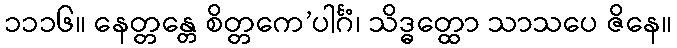
၁၁၁၆။ နေတ္တန္တေ စိတ္တကေ’ပါင်္ဂံ၊ သိဒ္ဓတ္ထော သာသပေ ဇိနေ။